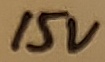
Text: 15V